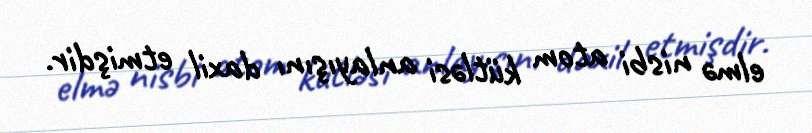
elmə nisbi atom kütləsi anlayışını daxil etmişdir.